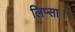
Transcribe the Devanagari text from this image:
लिप्सा।